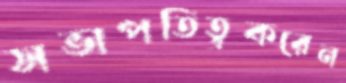
সভাপতিত্ব্রকরেন